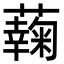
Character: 䕮